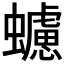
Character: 𧓻